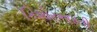
કિશોરભારતી